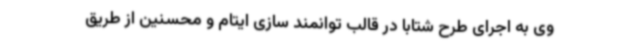
وی به اجرای طرح شتابا در قالب توانمند سازی ایتام و محسنین از طریق